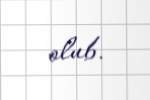
olub.